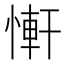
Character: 𢟑